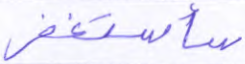
سأستغفر